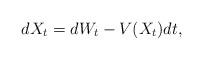
LaTeX: \begin{align*} dX_t = dW_t - V(X_t)dt,\end{align*}